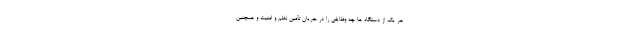
هر یک از دستگاه ها چه وظایفی را در جریان تأمین نظم و امنیت و همچنین